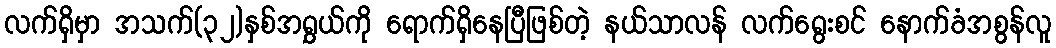
လက်ရှိမှာ အသက်(၃၂)နှစ်အရွှယ်ကို ရောက်ရှိနေပြီဖြစ်တဲ့ နယ်သာလန် လက်ရွေးစင် နောက်ခံအစွန်လူ